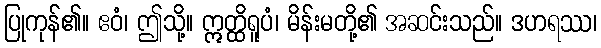
ပြုကုန်၏။ ဧဝံ၊ ဤသို့။ ဣတ္ထိရူပံ၊ မိန်းမတို့၏ အဆင်းသည်။ ဒဟရဿ၊